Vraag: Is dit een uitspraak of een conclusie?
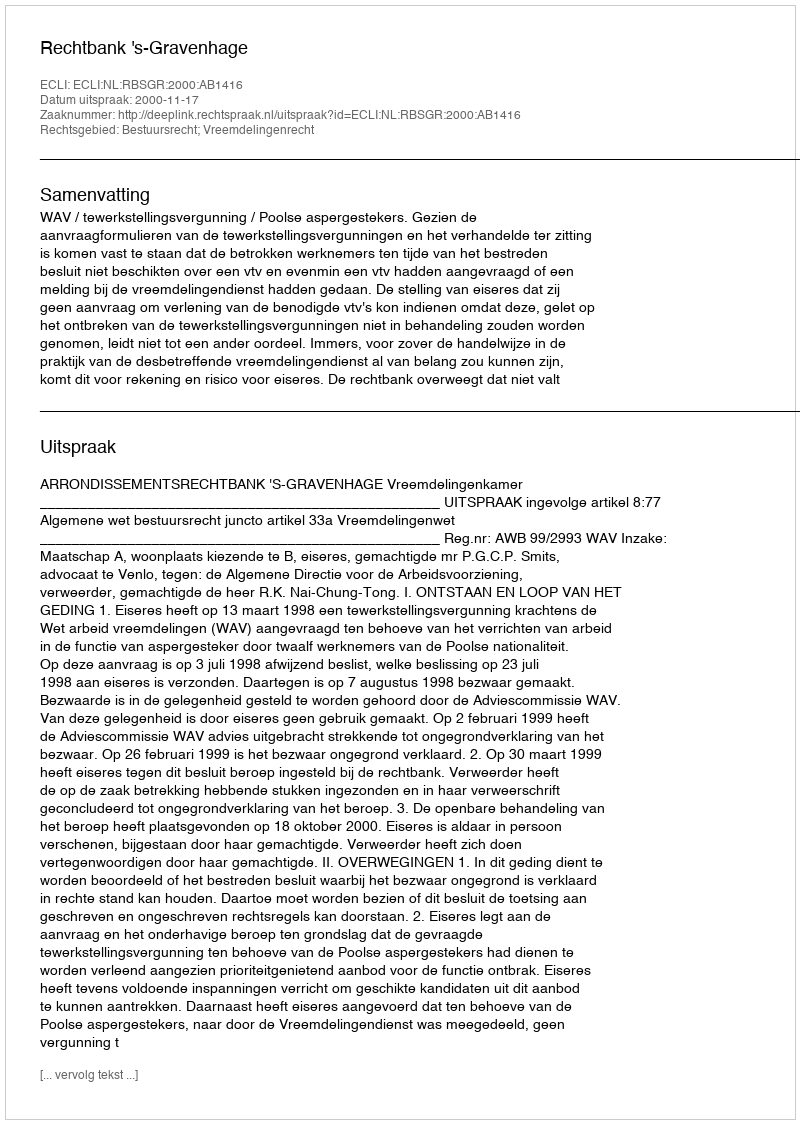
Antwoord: Uitspraak